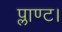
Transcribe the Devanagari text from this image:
प्लाण्ट।